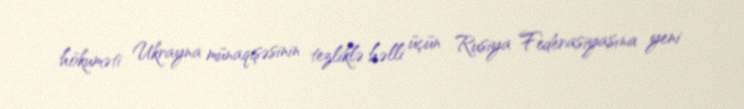
hökuməti Ukrayna münaqişəsinin tezliklə həlli üçün Rusiya Federasiyasına yeni